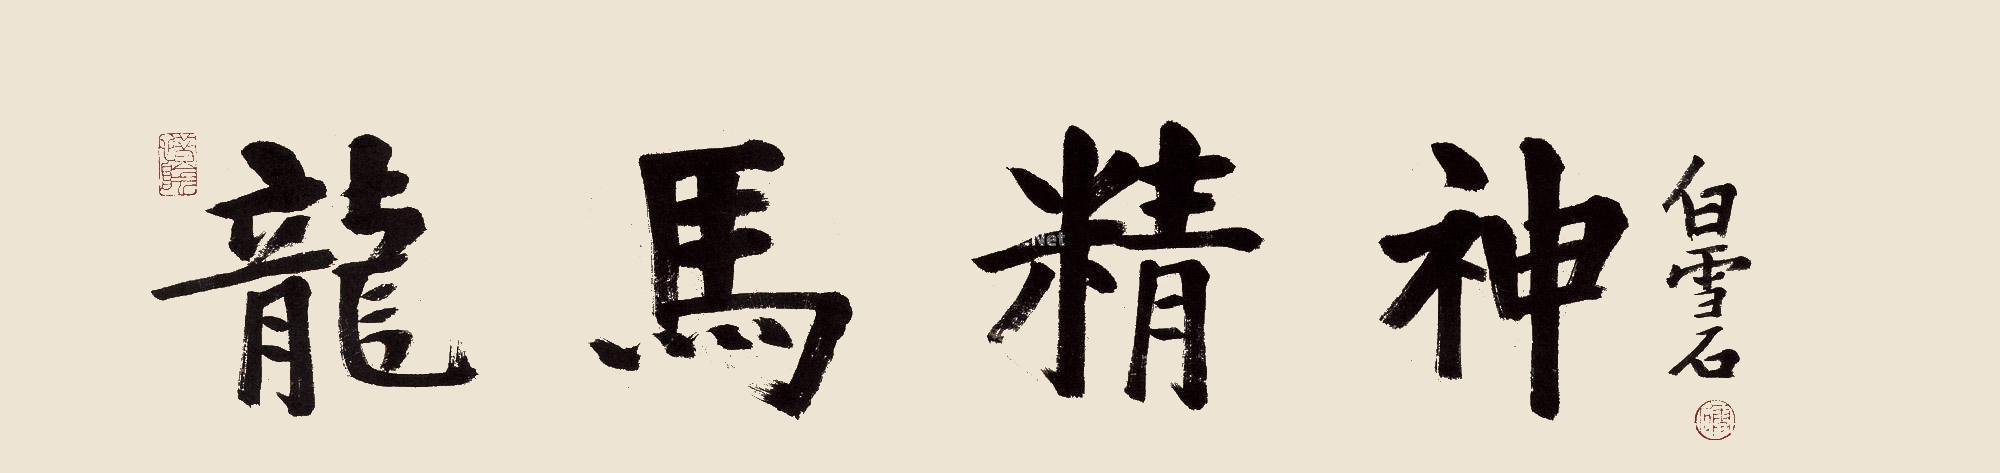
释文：龙马精神白雪石